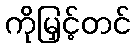
ကိုမြှင့်တင်